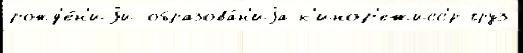
рожд'е́н'иjи образова́н'иjа к'инор'ежисс'́р груз